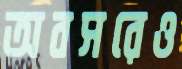
অবসরেও